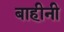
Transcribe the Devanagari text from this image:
बाहीनी